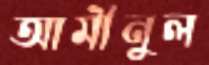
আমীনুল